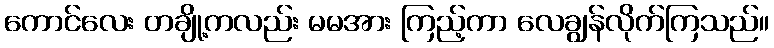
ကောင်လေး တချို့ကလည်း မမအား ကြည့်ကာ လေချွန်လိုက်ကြသည်။